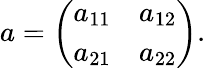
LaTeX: a=\left(\begin{array}{cc}{{a_{11}}}&{{a_{12}}}\\ {{a_{21}}}&{{a_{22}}}\end{array}\right).